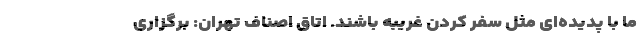
ما با پدیده‌ای مثل سفر کردن غریبه باشند. اتاق اصناف تهران: برگزاری